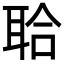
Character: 𦕲